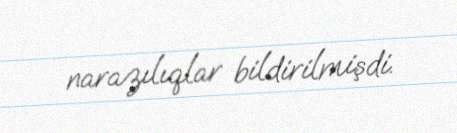
narazılıqlar bildirilmişdi.